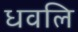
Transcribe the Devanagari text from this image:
धवलि